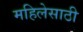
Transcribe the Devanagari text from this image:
महिलेसाठी